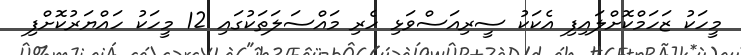
މީހަކު ޒަހަމްކޮށްލައިފި އެކަކު ސީރިއަސްވަޅި ހެރި މައްސަލަތަކުގައި 12 މީހަކު ހައްޔަރުކޮށްފި